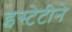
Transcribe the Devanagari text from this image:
इस्टेटीने